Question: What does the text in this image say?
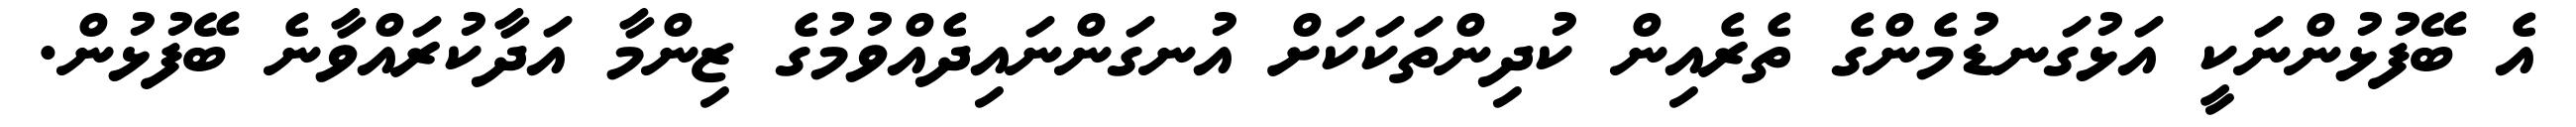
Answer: އެ ބޭފުޅުންނަކީ އަޅުގަނޑުމެންގެ ތެރެއިން ކުދިންތަކަކަށް އުނގަންނައިދެއްވުމުގެ ޒިންމާ އަދާކުރައްވާނެ ބޭފުޅުން.